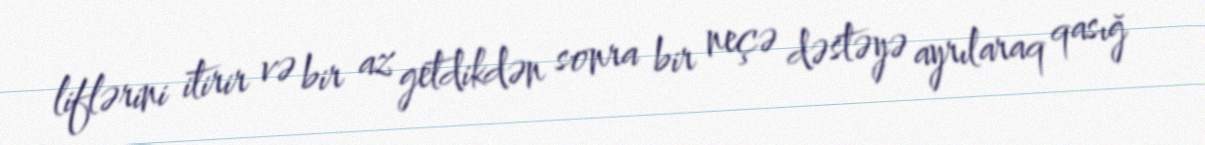
liflərini itirir və bir az getdikdən sonra bir neçə dəstəyə ayrılaraq qasığ